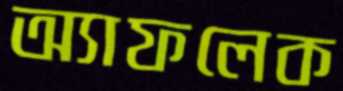
অ্যাফলেক